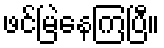
ဖင်မြဲနေကြပြီ။